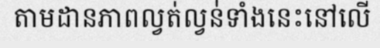
តាមដានភាពល្វត់ល្វន់់ទាំងនេះនៅលើ